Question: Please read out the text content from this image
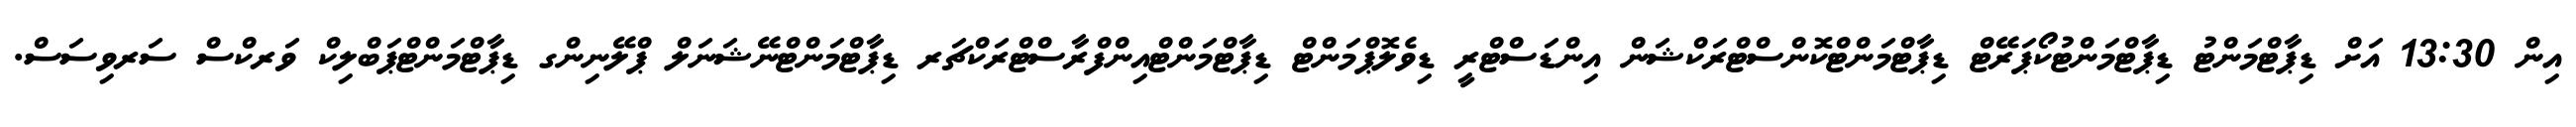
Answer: އިން 13:30 އަށް ޑިޕާޓްމަންޓު ޑިޕާޓްމަންޓުކޯޕަރޭޓް ޑިޕާޓްމަންޓްކޮންސްޓްރަކްޝަން އިންޑަސްޓްރީ ޑިވެލޮޕްމަންޓް ޑިޕާޓްމަންޓްއިންފްރާސްޓްރަކްޗަރ ޑިޕާޓްމަންޓްނޭޝަނަލް ޕްލޭނިންގ ޑިޕާޓްމަންޓްޕަބްލިކް ވަރކްސް ސަރވިސަސް.